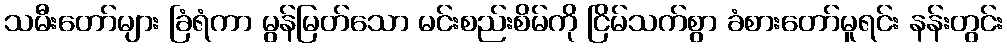
သမီးတော်များ ခြံရံကာ မွန်မြတ်သော မင်းစည်းစိမ်ကို ငြိမ်သက်စွာ ခံစားတော်မူရင်း နန်းတွင်း